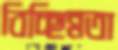
বিচ্ছিন্নতা